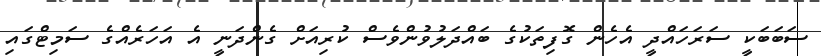
ސަބަބަކީ ސަރަހައްދީ އެހެން ގޮފިތަކުގެ ބައްދަލުވުންވެސް ކުރިއަށް ގެންދަނީ އެ އަހަރެއްގެ ސަމިޓްގައި